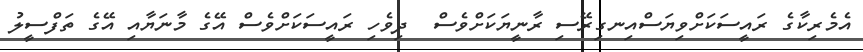
އެމެރިކާގެ ރައީސަކަށްވިޔަސްއިނގިރޭސި ރާނީޔަކަށްވެސް  ދިވެހި ރައީސަކަށްވެސް އޭގެ މާނަޔާއި އޭގެ ތަފްސީލު